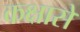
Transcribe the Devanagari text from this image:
कक्षासे